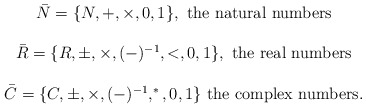
\begin{align*}\begin{array}{c}\bar{N}= \{N,+,\times,0,1\},\mbox{ the natural numbers}\\\\\bar{R}=\{R,\pm,\times,(-)^{-1},<,0,1\}, \mbox{ the real numbers}\\\\\bar{C}=\{C,\pm,\times,(-)^{-1},^{*},0,1\}\mbox{ the complex numbers}.\end{array}\end{align*}